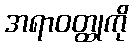
အရာဝတ္ထုကို